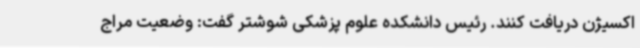
اکسیژن دریافت کنند. رئیس دانشکده علوم پزشکی شوشتر گفت: وضعیت مراج